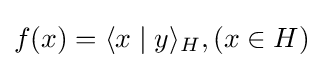
f(x)=\langle x\mid y\rangle _{H},(x\in H)